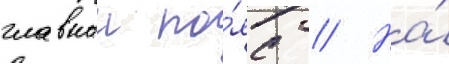
главныи по́яс // На́